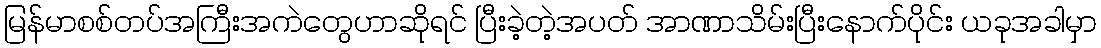
မြန်မာစစ်တပ်အကြီးအကဲတွေဟာဆိုရင် ပြီးခဲ့တဲ့အပတ် အာဏာသိမ်းပြီးနောက်ပိုင်း ယခုအခါမှာ